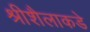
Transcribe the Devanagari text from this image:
श्रीशैलाकडे